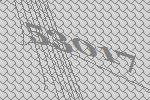
53017